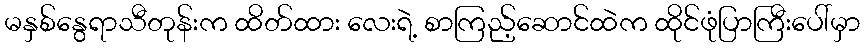
မနှစ်နွေရာသီတုန်းက ထိတ်ထား လေးရဲ့ စာကြည့်ဆောင်ထဲက ထိုင်ဖုံပြာကြီးပေါ်မှာ